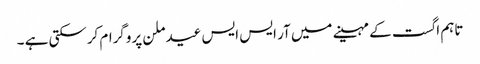
تاہم اگست کے مہینے میں آر ایس ایس عید ملن پروگرام کرسکتی ہے ۔